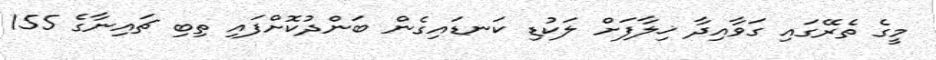
މީގެ ތެރޭގައި ގަވާއިދާ ޚިލާފަށް ލަކުޑި ކަނޑައިގެން ބަންދުކޮށްފައި ތިބި ޗައިނާގެ 155